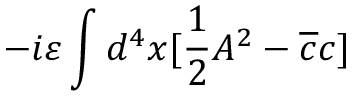
- i \varepsilon \int d ^ { 4 } x [ \frac { 1 } { 2 } A ^ { 2 } - \overline { { { c } } } c ]